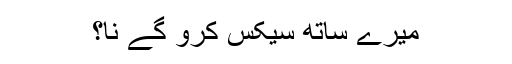
میرے ساتھ سیکس کرو گے نا؟